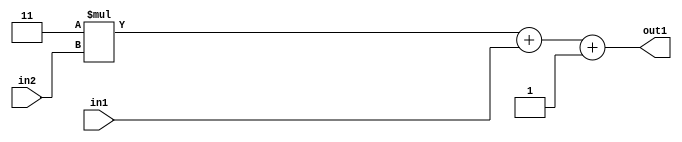
`timescale 1ps / 1ps
/*****************************************************************************
    Verilog RTL Description
    
    
    Created by: Stratus DpOpt 2019.1.01 
*******************************************************************************/

module DC_Filter_Add3i1u1Mul2i3u2_4 (
	in2,
	in1,
	out1
	); /* architecture "behavioural" */ 
input [1:0] in2;
input  in1;
output [3:0] out1;
wire [3:0] asc001;

wire [3:0] asc001_tmp_0;
wire [3:0] asc001_tmp_1;
assign asc001_tmp_1 = 
	+(4'B0011 * in2);
assign asc001_tmp_0 = asc001_tmp_1
	+(in1);
assign asc001 = asc001_tmp_0
	+(4'B0001);

assign out1 = asc001;
endmodule

/* CADENCE  uLX5Sgw= : u9/ySgnWtBlWxVPRXgAZ4Og= ** DO NOT EDIT THIS LINE ******/